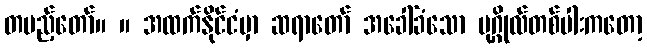
တပည့်တော်။ ။ အထက်နိုင်ငံမှာ ဆရာတော် အခေါ်ခံသော ပုဂ္ဂိုလ်တစ်ပါးကတော့